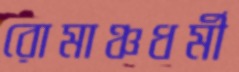
রোমাঞ্চধর্মী